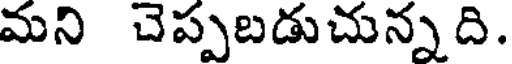
మని చెప్పబడుచున్నది.